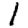
Digit: 1